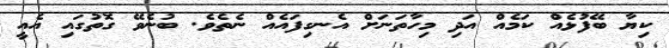
ކިޔާ ބޭފުޅެއް ކަމެއް އަދި މިހާތަނަށް އެނގިފައެއް ނެތެވެ. ބުނެވޭ ގޮތުގައި އެއީ